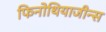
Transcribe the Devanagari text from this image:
फिनोथियाजीन्स